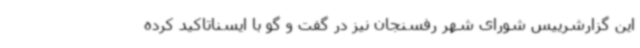
این گزارشرییس شورای شهر رفسنجان نیز در گفت و گو با ایسناتاکید کرده